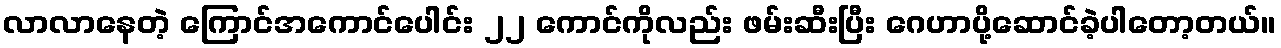
လာလာနေတဲ့ ကြောင်အကောင်ပေါင်း ၂၂ ကောင်ကိုလည်း ဖမ်းဆီးပြီး ဂေဟာပို့ဆောင်ခဲ့ပါတော့တယ်။